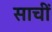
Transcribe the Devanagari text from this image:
साचीं